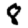
Digit: 8